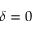
\delta = 0